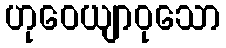
ဟုဝေယျာဝုသော